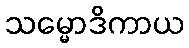
သမ္မောဒိကာယ